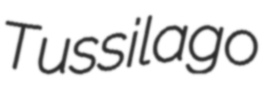
Tussilago